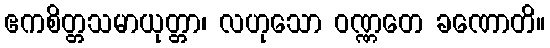
ဧကစိတ္တသမာယုတ္တာ၊ လဟုသော ဝဏ္ဏတေ ခဏောတိ။